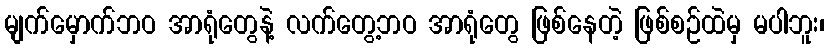
မျက်မှောက်ဘဝ အာရုံတွေနဲ့ လက်တွေ့ဘဝ အာရုံတွေ ဖြစ်နေတဲ့ ဖြစ်စဉ်ထဲမှ မပါဘူး၊